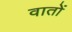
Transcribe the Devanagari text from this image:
वातों